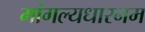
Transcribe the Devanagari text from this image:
मांगल्यधारनम